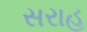
સરાહ